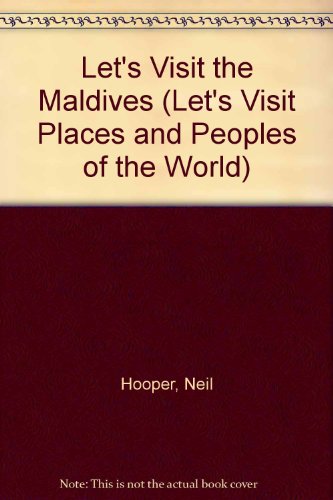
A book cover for Maldives (Let's Visit Places and Peoples of the World); Neil Hooper; Travel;